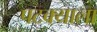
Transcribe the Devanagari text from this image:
पटक्याला